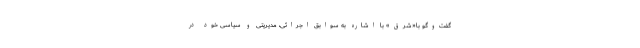
گفت‌وگو با«شرق» با اشاره به سوابق اجرائی، مدیریتی و سیاسی خود در